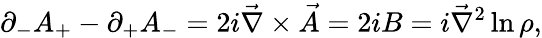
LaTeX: \partial_{-}A_{+}-\partial_{+}A_{-}=2i\vec{\nabla}\times{\vec{A}}=2iB=i\vec{\nabla}^{2}\ln\rho,